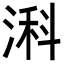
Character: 𬈎